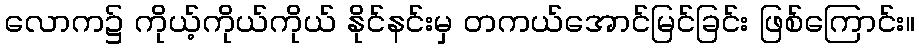
လောက၌ ကိုယ့်ကိုယ်ကိုယ် နိုင်နင်းမှ တကယ်အောင်မြင်ခြင်း ဖြစ်ကြောင်း။